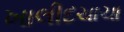
ખાલીદચાચા